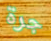
جرة